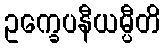
ဥက္ခေပနီယမ္ပီတိ